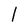
Character: l